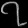
Digit: ၇